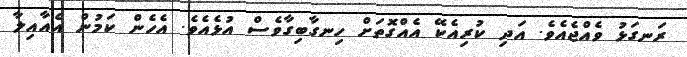
ރަނގަޅު ވެއްޖެއެވެ. އަދި ކުރިއެކޭ އެއްގޮތަށް ހިނގާބިގާވެސް އުޅެއެވެ. އެހެން ކަމުން އެއާއިލާ